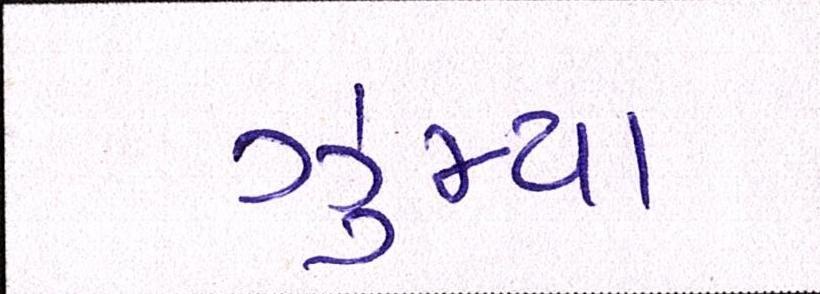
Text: ઝુમ્યા